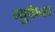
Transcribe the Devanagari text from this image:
ब्युकेयर